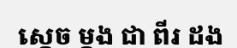
ស្តេច ម្តង ជា ពីរ ដង